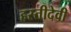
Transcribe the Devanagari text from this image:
हस्तीदेवी